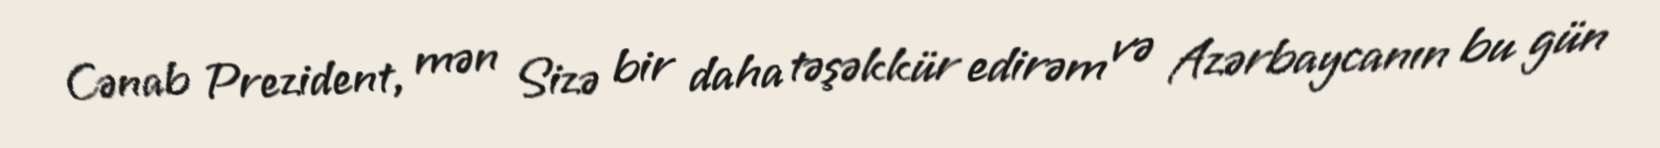
Cənab Prezident, mən Sizə bir daha təşəkkür edirəm və Azərbaycanın bu gün